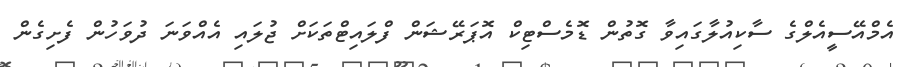
އެމްއޭސީއެލްގެ ސާކިއުލާގައިވާ ގޮތުން ޑޮމެސްޓިކް އޮޕަރޭޝަން ފްލައިޓްތަކަށް ޖުލައި އެއްވަނަ ދުވަހުން ފެށިގެން